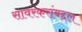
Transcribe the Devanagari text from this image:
सावरकरांबद्दल